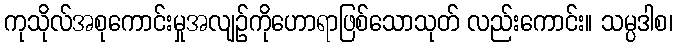
ကုသိုလ်အစုကောင်းမှုအလျဉ်ကိုဟောရာဖြစ်သောသုတ် လည်းကောင်း။ သမ္ပဒါစ၊